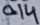
Text: 0.14